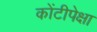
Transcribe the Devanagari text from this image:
कोंटीपेक्षा